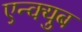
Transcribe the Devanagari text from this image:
एन्क्युब